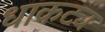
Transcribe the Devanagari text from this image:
धाकट्य